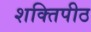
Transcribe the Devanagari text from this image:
शक्‍ितपीठ